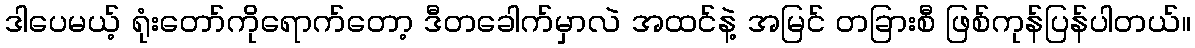
ဒါပေမယ့် ရုံးတော်ကိုရောက်တော့ ဒီတခေါက်မှာလဲ အထင်နဲ့ အမြင် တခြားစီ ဖြစ်ကုန်ပြန်ပါတယ်။